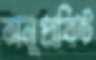
অনুপ্রবিষ্ট